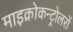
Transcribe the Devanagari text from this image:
माइक्रोकन्ट्रोलरों